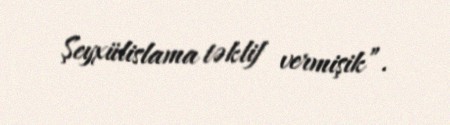
Şeyxülislama təklif vermişik”.